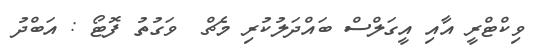
ވިކްޓްރީ އާއި އީގަލްސް ބައްދަލުކުރި މެޗް  ވަގުތު ފޮޓޯ : އަބްދު